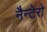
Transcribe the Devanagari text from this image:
नैन्टेरो